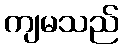
ကျမသည်